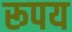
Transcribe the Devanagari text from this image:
रूपय